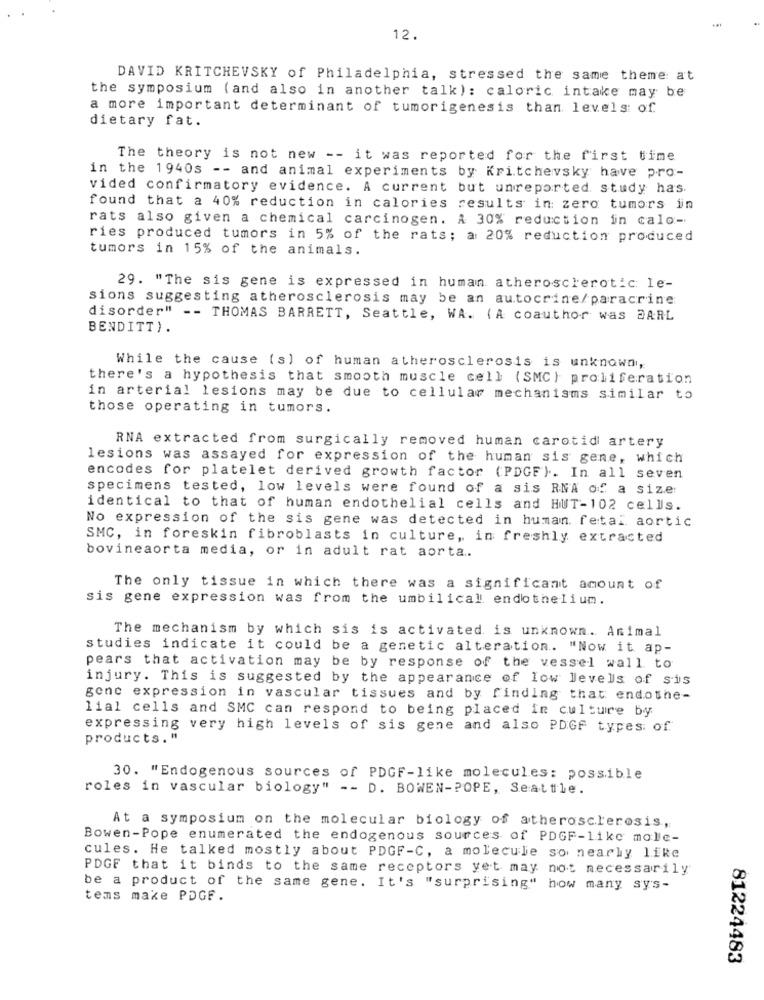
12.
DAVID KRITCHEVSKY of Philadelphia, stressed the same theme: at
the symposium (and also in another talk): caloric intake may be
a more important determinant of tumorigenesis than levels: of
dietary fat.
The theory is not new -- it was reported for the first time
in the 1940s -- and animal experiments by Kritchevsky have pro-
vided confirmatory evidence. A current but unreported study has.
found that a 40% reduction in calories results in zero tumors in
rats also given a chemical carcinogen. A 30% reduction in calo-
ries produced tumors in 5% of the rats; a 20% reduction produced
tumors in 15% of the animals.
29. "The sis gene is expressed in human atherosclerotic: le-
sions suggesting atherosclerosis may be an autocrine/paracrine
disorder" -- THOMAS BARRETT, Seattle, WA. (A coauthor was BARL
BENDITT).
While the cause (s) of human atherosclerosis is unknown,
there's a hypothesis that smooth muscle cell (SMC} proliferation
in arterial lesions may be due to cellular mechanisms similar to
those operating in tumors.
RNA extracted from surgically removed human carotid artery
lesions was assayed for expression of the human sis gene, which
encodes for platelet derived growth factor (PDGF). In all seven
specimens tested, low levels were found of a sis RNA of a size:
identical to that of human endothelial cells and HUT-102 cells.
No expression of the sis gene was detected in human. fetal aortic
SMC, in foreskin fibroblasts in culture, in freshly extracted
bovineaorta media, or in adult rat aorta.
The only tissue in which there was a significant amount of
sis gene expression was from the umbilical endothelium.
The mechanism by which sis is activated is unknown. Animal
studies indicate it could be a genetic alteration. "Now it ap-
pears that activation may be by response of the vessel wall to
injury. This is suggested by the appearance of low levels of sis
gene expression in vascular tissues and by finding that endothe-
lial cells and SMC can respond to being placed in culture by
expressing very high levels of sis gene and also PDGF types of
products. "
30. "Endogenous sources of PDGF-like molecules: possible
roles in vascular biology" -- D. BOWEN-POPE, Seattle.
At a symposium on the molecular biology of atherosclerosis,
Bowen-Pope enumerated the endogenous sources of PDGF-11kc mole-
cules. He talked mostly about PDGF-C, a molecule so nearly like
PDGF that it binds to the same receptors yet may not necessarily
be a product of the same gene. It's "surprising" how many sys-
tems make PDGF.
81224483